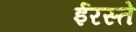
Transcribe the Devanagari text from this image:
ईरस्ते